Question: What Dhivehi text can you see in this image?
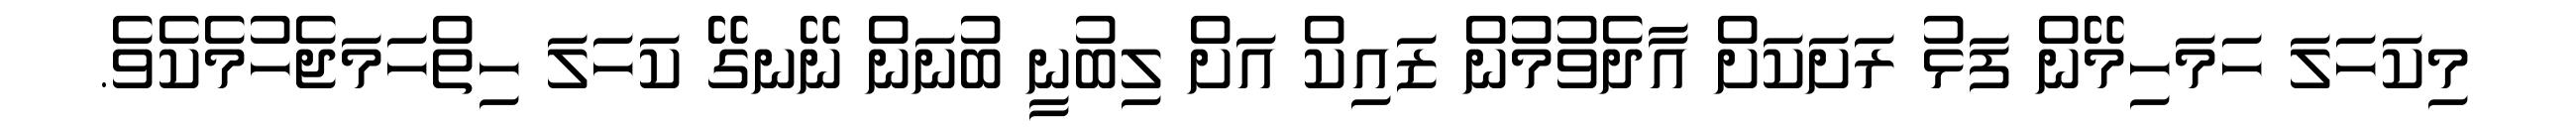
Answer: މިކަހަލަ ހަމަހިމޭން ފަޅު ރަށަކަށް އާދެވުމުން ޒައިކް އަށް ލިބުނީ ބުނަން ނޭނގޭ ކަހަލަ ހިތްހަމަޖެހުމެކެވެ.